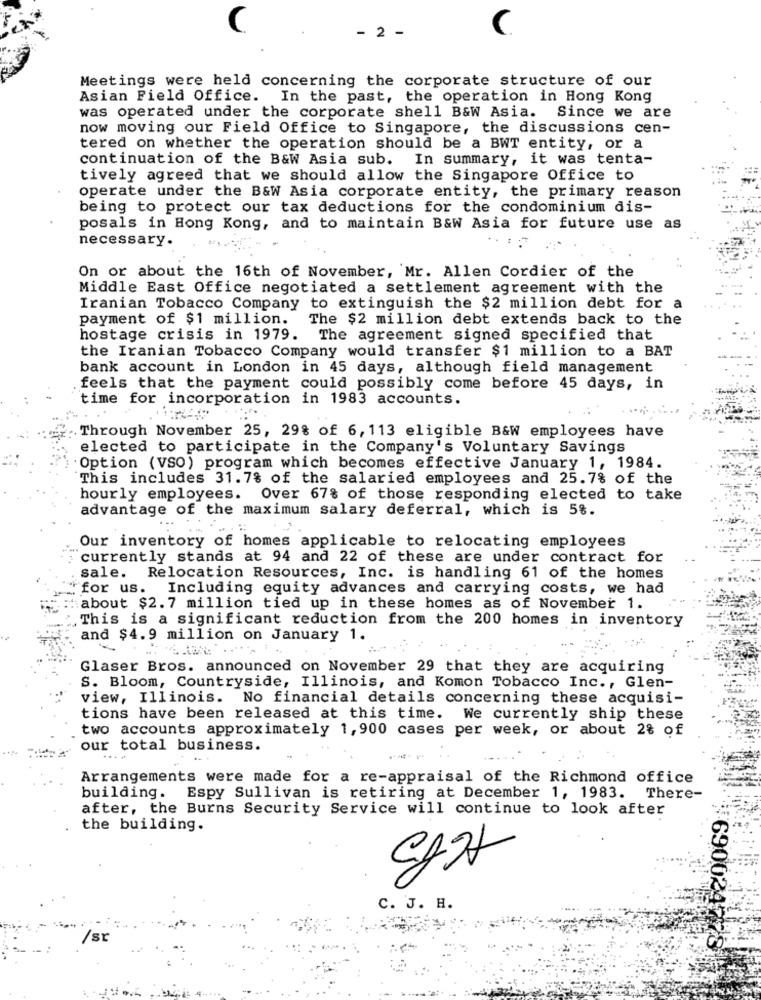
C
- 2 -
C.
Meetings were held concerning the corporate structure of our
Asian Field Office. In the past, the operation in Hong Kong
was operated under the corporate shell B&W Asia. Since we are
now moving our Field Office to Singapore, the discussions cen-
tered on whether the operation should be a BWT entity, or a
continuation of the B&W Asia sub. In summary, it was tenta-
tively agreed that we should allow the Singapore Office to
operate under the B&W Asia corporate entity, the primary reason
being to protect our tax deductions for the condominium dis-
posals in Hong Kong, and to maintain B&W Asia for future use as
necessary.
On or about the 16th of November, Mr. Allen Cordier of the
Middle East Office negotiated a settlement agreement with the
Iranian Tobacco Company to extinguish the $2 million debt for a
payment of $1 million.
The $2 million debt extends back to the
hostage crisis in 1979.
The agreement signed specified that
the Iranian Tobacco Company would transfer $1 million to a BAT
bank account in London in 45 days, although field management
feels that the payment could possibly come before 45 days, in
time for incorporation in 1983 accounts.
Through November 25, 29% of 6, 113 eligible B&W employees have
elected to participate in the Company's Voluntary Savings
Option (VSO) program which becomes effective January 1, 1984.
This includes 31.7% of the salaried employees and 25.7% of the
hourly employees. Over 67% of those responding elected to take
advantage of the maximum salary deferral, which is 5%.
Our inventory of homes applicable to relocating employees
currently stands at 94 and 22 of these are under contract for
sale. Relocation Resources, Inc. is handling 61 of the homes
"for us. Including equity advances and carrying costs, we had
about $2. 7 million tied up in these homes as of November 1.
This is a significant reduction from the 200 homes in inventory
and $4.9 million on January 1.
Glaser Bros. announced on November 29 that they are acquiring
S. Bloom, Countryside, Illinois, and Komon Tobacco Inc ., Glen-
view, Illinois. No financial details concerning these acquisi-
tions have been released at this time.
We currently ship these
two accounts approximately 1,900 cases per week, or about 2% of
our total business.
Arrangements were made for a re-appraisal of the Richmond office
building. Espy Sullivan is retiring at December 1, 1983. There-
after, the Burns Security Service will continue to look after
the building.
C. J. H.
/sr
690024778